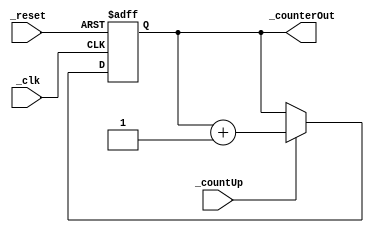
`timescale 1ns / 1ps
//////////////////////////////////////////////////////////////////////////////////
// Company: 
// Engineer: 
// 
// Design Name: 
// Module Name: UpCounter_4Bit
// Project Name: 
// Target Devices: 
// Tool Versions: 
// Description: 
// 
// Dependencies: 
// 
// Revision:
// Revision 0.01 - File Created
// Additional Comments:
// 
//////////////////////////////////////////////////////////////////////////////////


module UpCounter_4Bit(
//define inputs
input _clk, _reset, _countUp,

//define outputs
output [7:0] _counterOut
    );

reg [7:0] _upCounter;
    
always@(posedge _clk, posedge _reset)    
begin
    if(_reset)
    begin
        _upCounter <= 8'b00000000;
    end
    else
    begin
        if(_countUp)
        begin
            _upCounter <= _upCounter + 1'b1;
        end
        else
        begin
            _upCounter <= _upCounter;
        end
    end
end

assign _counterOut = _upCounter;
    
endmodule